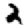
Digit: 2